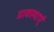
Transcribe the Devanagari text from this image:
प्रावस्थाएं